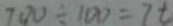
7 0 0 \div 1 0 0 = 7 t